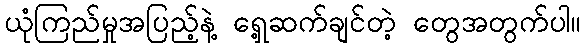
ယုံကြည်မှုအပြည့်နဲ့ ရှေ့ဆက်ချင်တဲ့ တွေအတွက်ပါ။